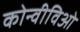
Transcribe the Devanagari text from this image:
कोन्वीविओ